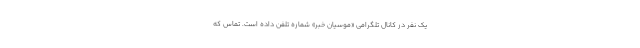
یک نفر در کانال تلگرامی «موسیان خبر» شماره تلفن داده است. تماس که